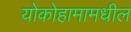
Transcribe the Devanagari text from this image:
योकोहामामधील